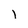
Character: I